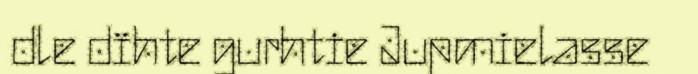
dle dïhte gurhtie Jupmielasse